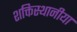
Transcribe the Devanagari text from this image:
शक्तिस्थानीया